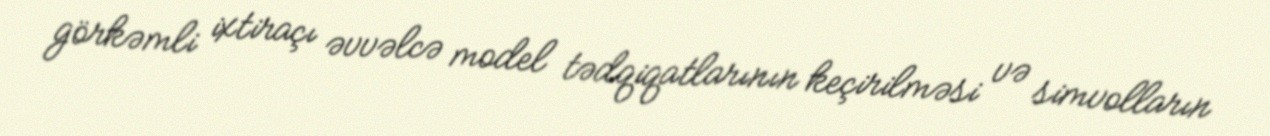
görkəmli ixtiraçı əvvəlcə model tədqiqatlarının keçirilməsi və simvolların